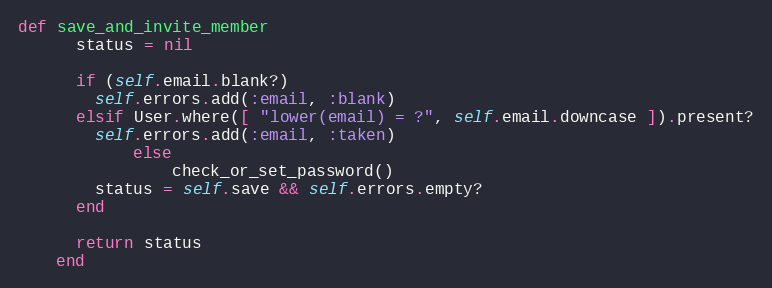
Language: Ruby
def save_and_invite_member
      status = nil

      if (self.email.blank?)
        self.errors.add(:email, :blank)
      elsif User.where([ "lower(email) = ?", self.email.downcase ]).present?
        self.errors.add(:email, :taken)
			else
				check_or_set_password()
        status = self.save && self.errors.empty?
      end

      return status
    end